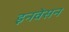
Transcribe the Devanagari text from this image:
इनवेसन